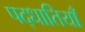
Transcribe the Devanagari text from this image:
पद्धातियाँ